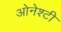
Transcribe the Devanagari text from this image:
ओनेश्टी